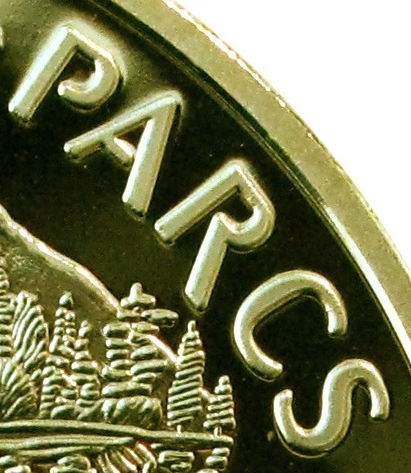
PARCS